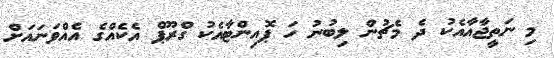
މި ނަތީޖާއާއެކު ދެ މެޗުން ލިބުނު ހަ ޕޮއިންޓާއެކު ގްރޫޕް އެކެއްގެ އެއްވަނައަށް